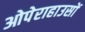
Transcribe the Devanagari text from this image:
ओपेराहाउसों